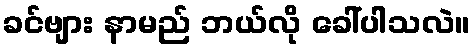
ခင်ဗျား နာမည် ဘယ်လို ခေါ်ပါသလဲ။